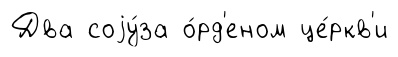
Два соjу́за о́рд'еном це́ркв'и